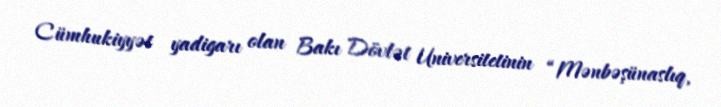
Cümhukiyyət yadigarı olan Bakı Dövlət Universitetinin “Mənbəşünaslıq,